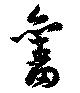
旧